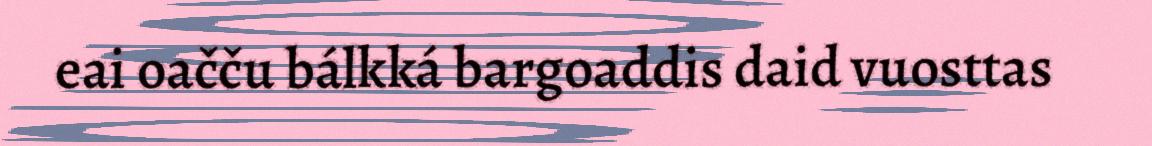
eai oačču bálkká bargoaddis daid vuosttas